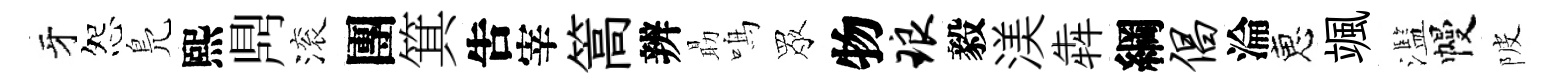
牙怨鳬熙𪔂滚團箕吿宰篙辨朂鳴眾物琅毅渼犇綱倡淪恵颯濫幔陂